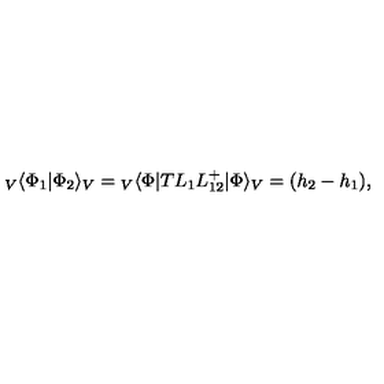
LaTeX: { } _ { V } \langle \Phi _ { 1 } | \Phi _ { 2 } \rangle _ { V } = { } _ { V } \langle \Phi | T L _ { 1 } L _ { 1 2 } ^ { + } | \Phi \rangle _ { V } = ( h _ { 2 } - h _ { 1 } ) ,